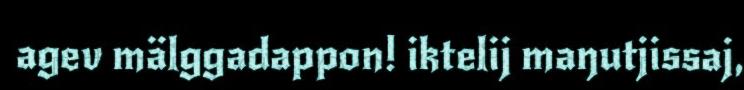
agev mälggadappon! iktelij maŋutjissaj,